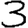
Digit: 3